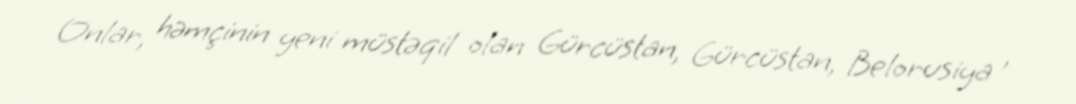
Onlar, həmçinin yeni müstəqil olan Gürcüstan, Gürcüstan, Belorusiya ,